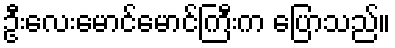
ဦးလေးမောင်မောင်ကြီးက ပြောသည်။